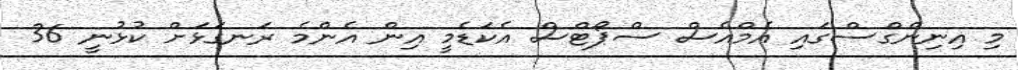
މި އިނިންގްސްގައި އެމްއެސް ސްޕޯޓްސް އެކަޑެމީ އިން އެންމެ ރަނގަޅަށް ކުޅުނީ 36